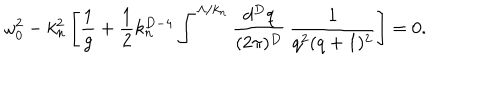
LaTeX: \omega _ { 0 } ^ { 2 } - k _ { n } ^ { 2 } \left[ { \frac { 1 } { g } } + { \frac { 1 } { 2 } } k _ { n } ^ { D - 4 } \int ^ { \Lambda / k _ { n } } { \frac { d ^ { D } q } { ( 2 \pi ) ^ { D } } } \, { \frac { 1 } { q ^ { 2 } ( q + 1 ) ^ { 2 } } } \right] = 0 .